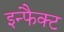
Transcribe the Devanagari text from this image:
इन्फैक्ट